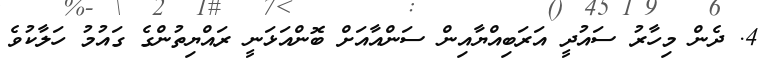
4. ދެން މިހާރު ސައުދީ އަރަބިއްޔާއިން ސަންއާއަށް ބޮންއަޅަނީ ރައްޔިތުންގެ ގައުމު ހަލާކުވެ